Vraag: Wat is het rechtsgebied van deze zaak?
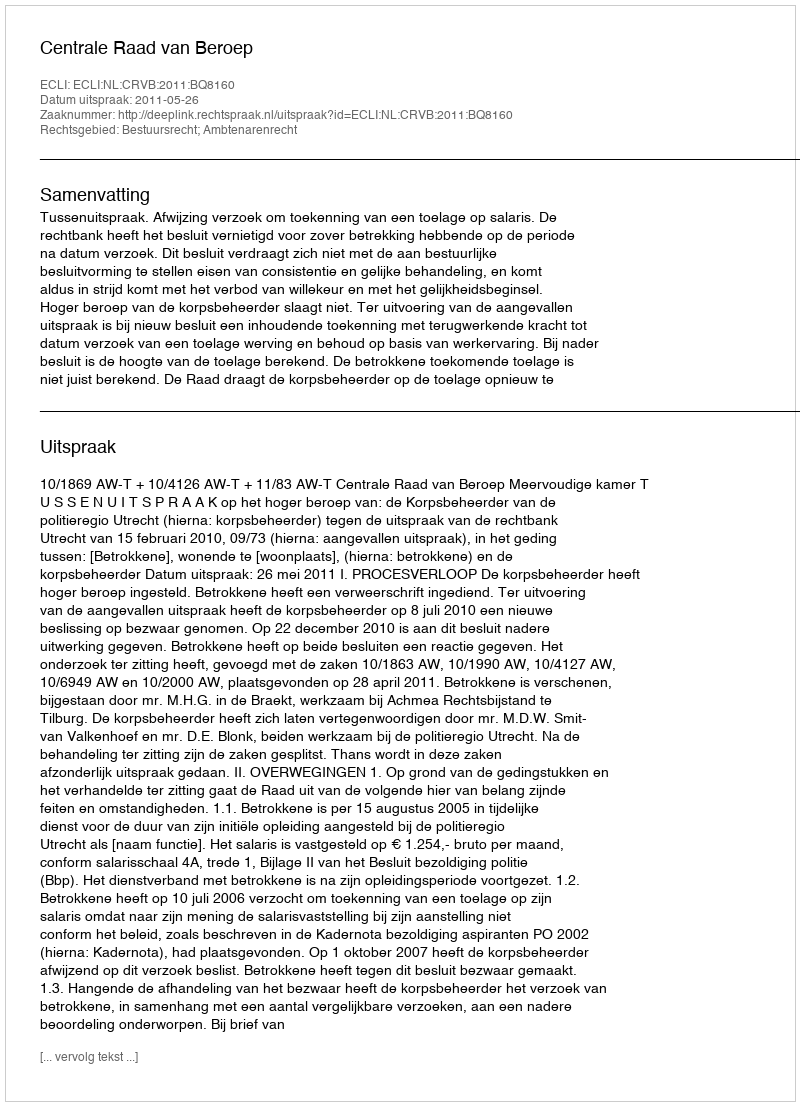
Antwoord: Bestuursrecht; Ambtenarenrecht